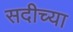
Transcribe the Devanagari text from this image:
सदीच्या